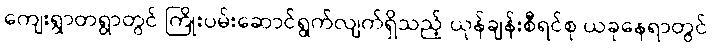
ကျေးရွာတရွာတွင် ကြိုးပမ်းဆောင်ရွက်လျက်ရှိသည့် ယုန်ချန်းစီရင်စု ယခုနေရာတွင်